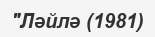
"Ләйлә (1981)